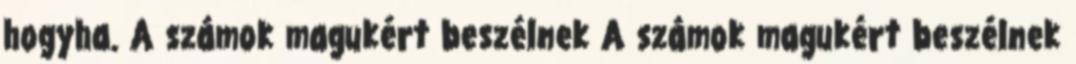
hogyha. A számok magukért beszélnek A számok magukért beszélnek